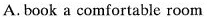
A. book a comfortable room